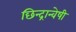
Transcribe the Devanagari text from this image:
छिन्‍द्रान्‍वेषी